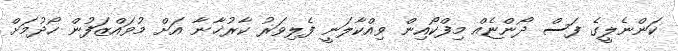
ކަންނެލީގެ ފަސް ދޯންޏެއް މިފްކޯއިން ވިއްކާލަނީ ފެލިވަރު ކާރުޚާނާ އަށް މުވައްޒަފުން ހޯދުމަށް